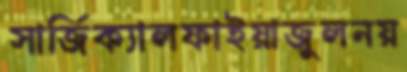
সার্জিক্যালফাইয়াজুলনয়